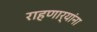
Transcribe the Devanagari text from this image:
राहणार्‍यांना